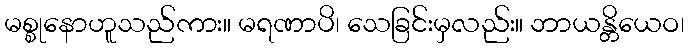
မစ္စုနောဟူသည်ကား။ မရဏာပိ၊ သေခြင်းမှလည်း။ ဘာယန္တိယေဝ၊